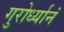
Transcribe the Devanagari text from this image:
गुरोर्ध्यानं